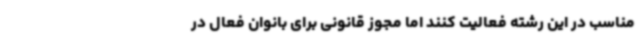
مناسب در این رشته فعالیت کنند اما مجوز قانونی برای بانوان فعال در